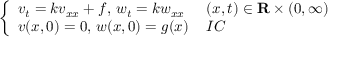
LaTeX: \left\{ \begin{array} { l l } { v _ { t } = k v _ { x x } + f , \, w _ { t } = k w _ { x x } \, } & { ( x , t ) \in \mathbf { R } \times ( 0 , \infty ) } \\ { v ( x , 0 ) = 0 , \, w ( x , 0 ) = g ( x ) \, } & { I C } \end{array} \right.